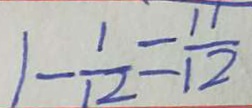
1 - \frac { 1 } { 1 2 } = \frac { 1 1 } { 1 2 }